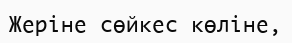
Жеріне сөйкес көліне,